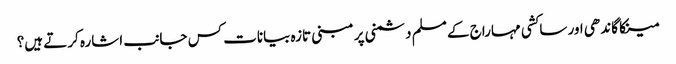
مینکا گاندھی اور ساکشی مہاراج کے مسلم دشمنی پر مبنی تازہ بیانات کس جانب اشارہ کرتے ہیں؟